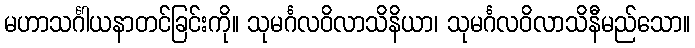
မဟာသင်္ဂါယနာတင်ခြင်းကို။ သုမင်္ဂလဝိလာသိနိယာ၊ သုမင်္ဂလဝိလာသိနီမည်သော။